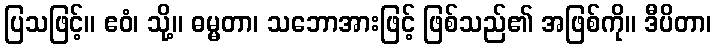
ပြသဖြင့်။ ဧဝံ၊ သို့။ ဓမ္မတာ၊ သဘောအားဖြင့် ဖြစ်သည်၏ အဖြစ်ကို။ ဒီပိတာ၊